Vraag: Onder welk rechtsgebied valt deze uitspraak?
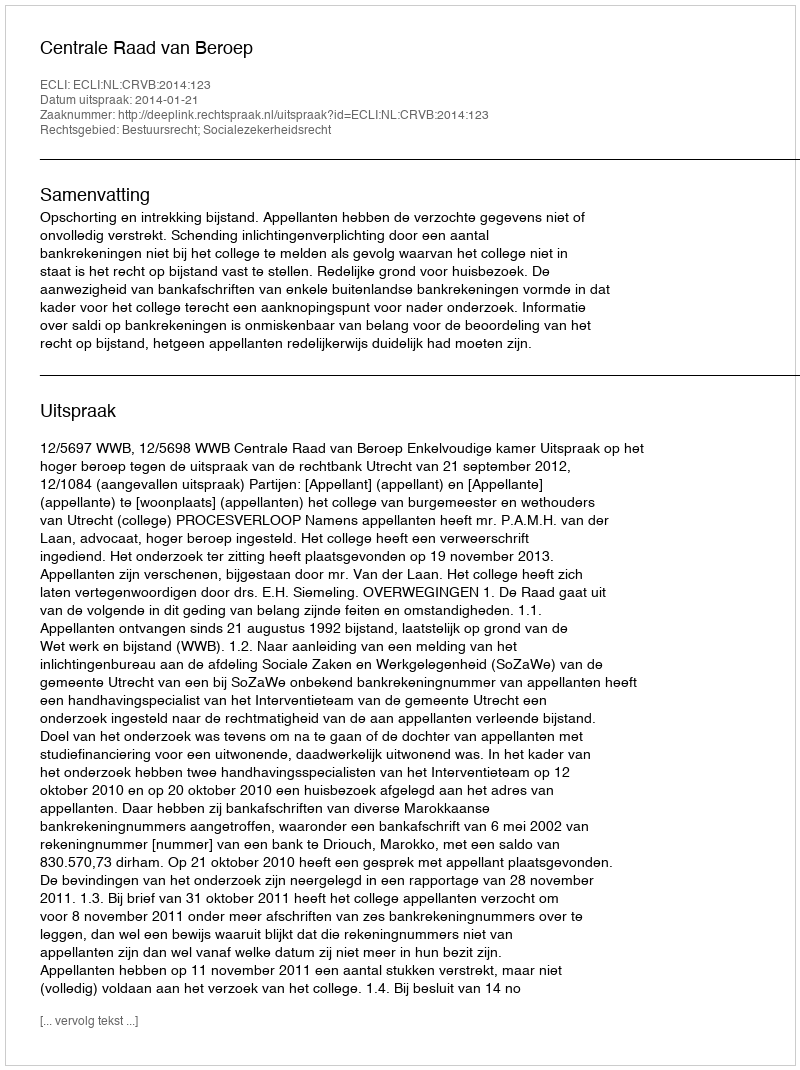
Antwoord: Bestuursrecht; Socialezekerheidsrecht